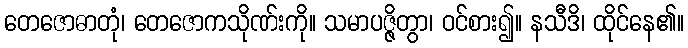
တေဇောဓာတုံ၊ တေဇောကသိုဏ်းကို။ သမာပဇ္ဇိတွာ၊ ဝင်စား၍။ နသီဒိ၊ ထိုင်နေ၏။